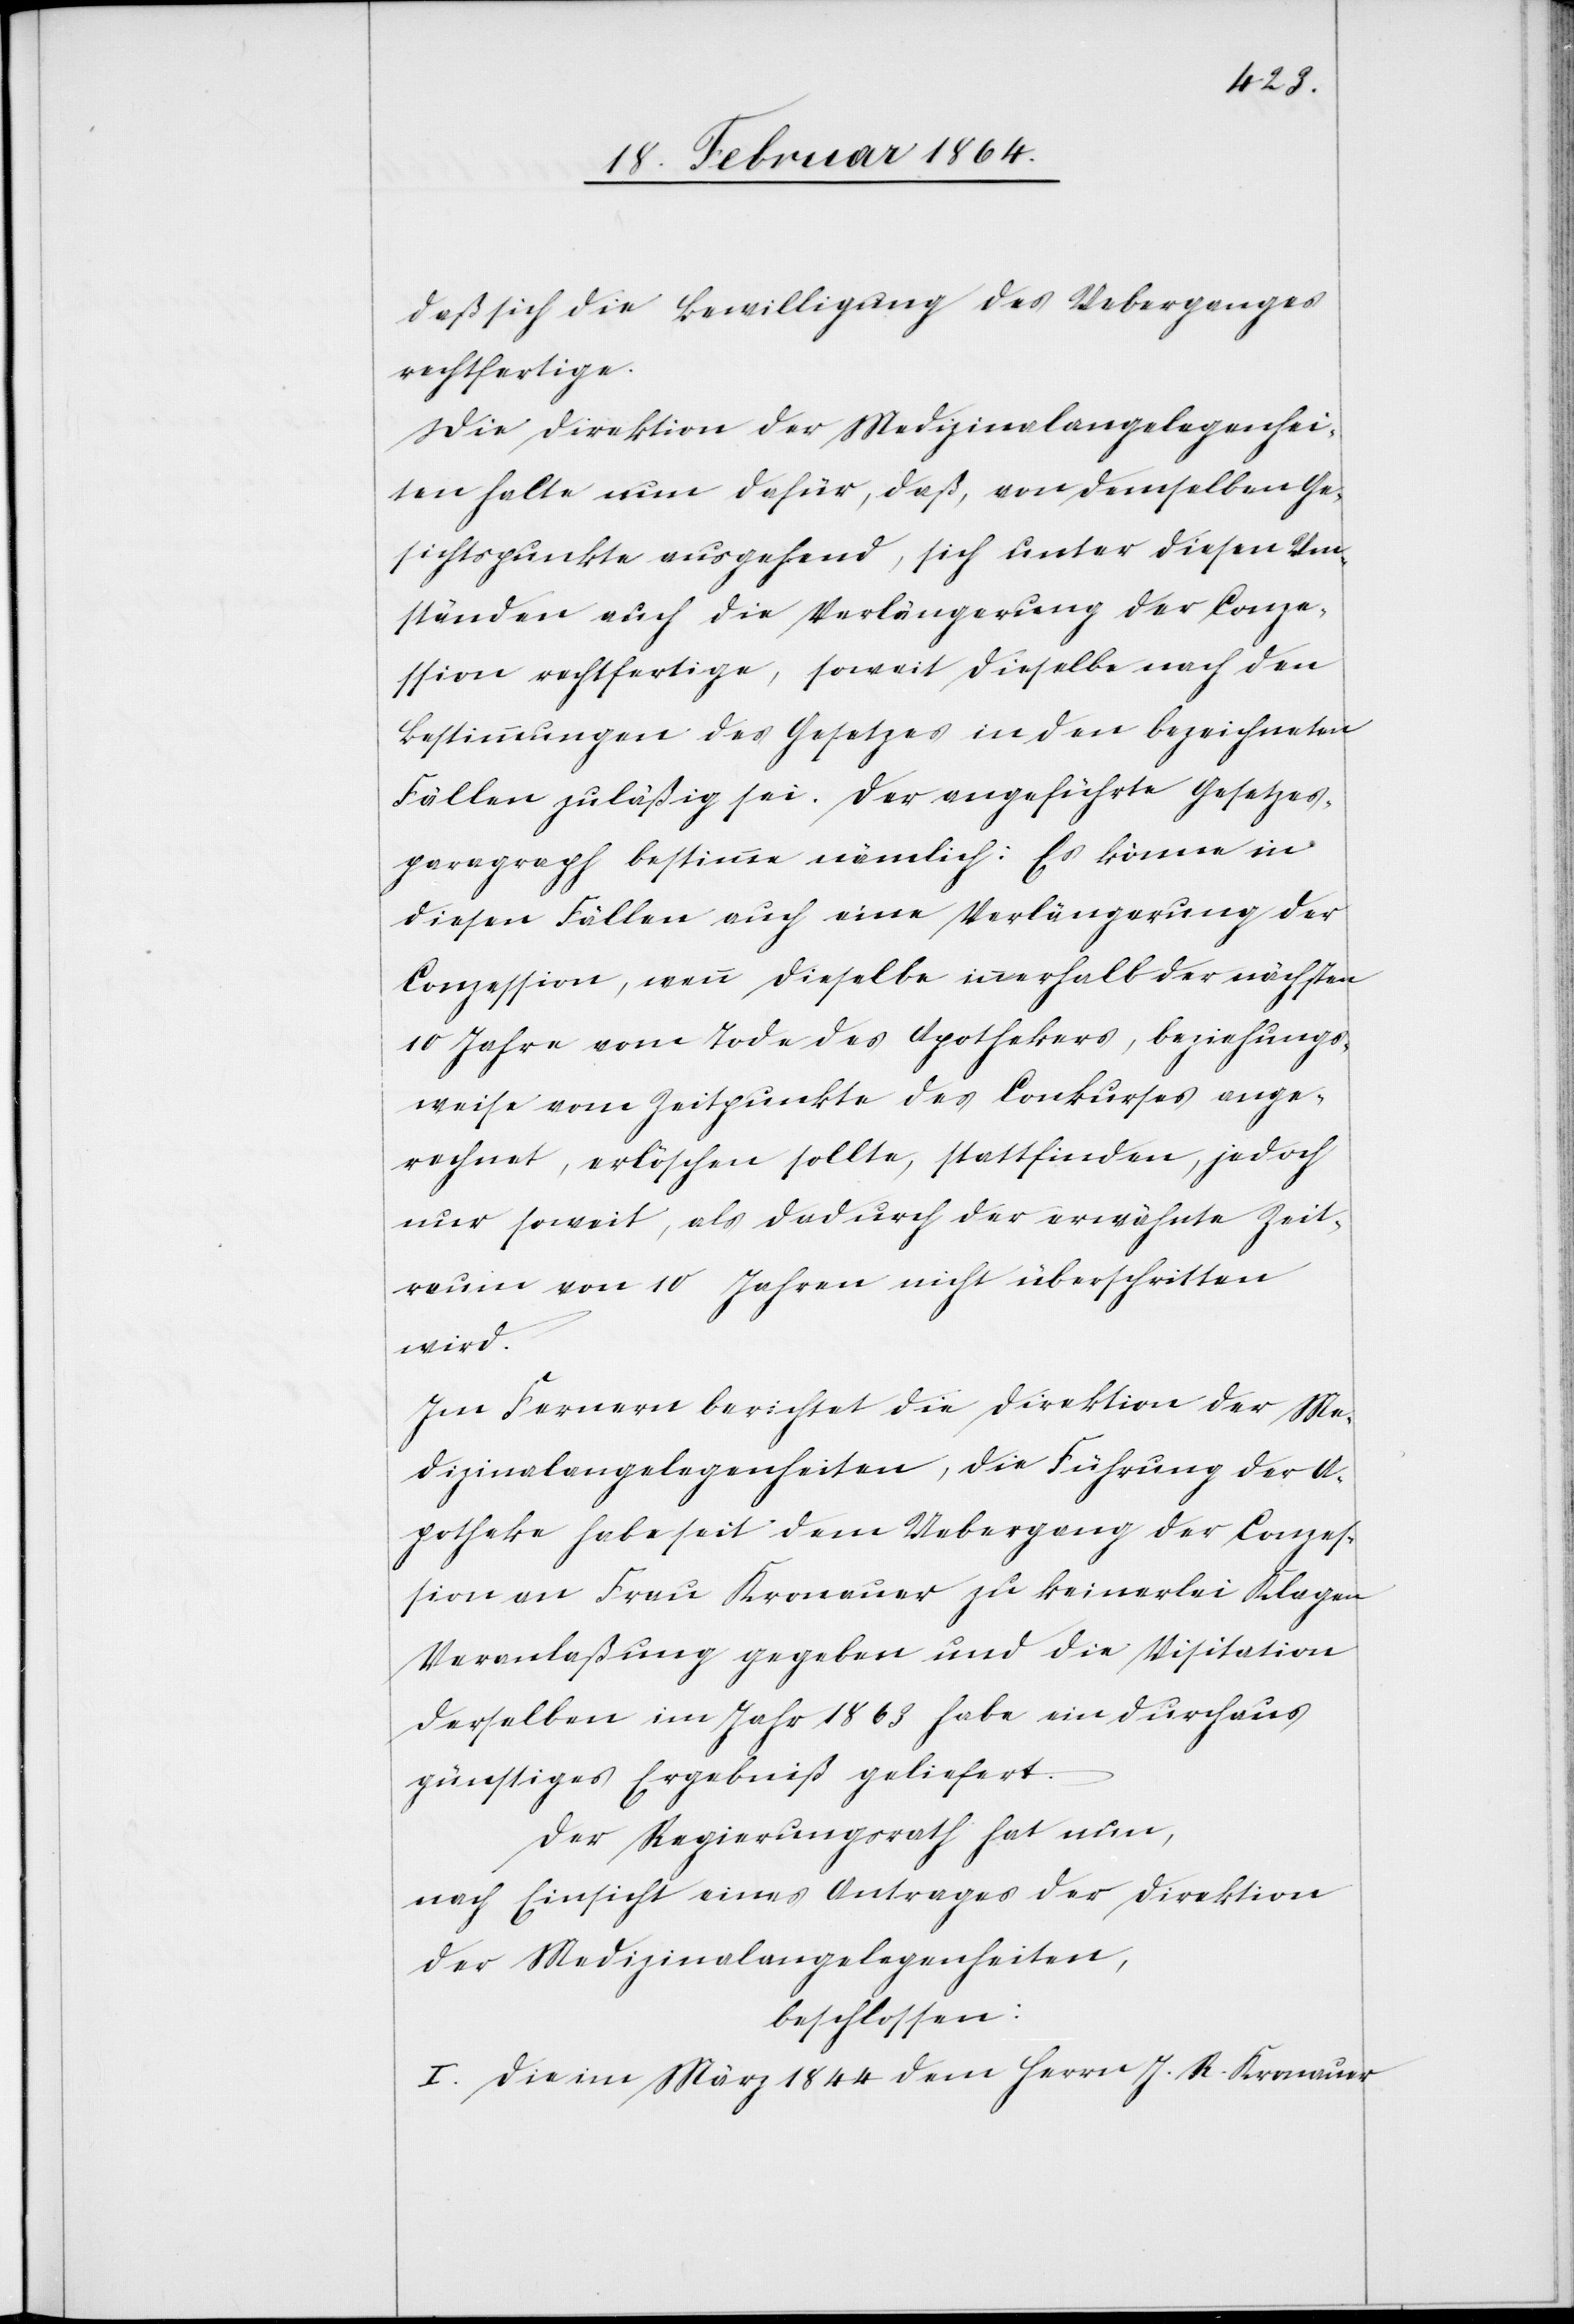
daß sich die Bewilligung des Ueberganges
rechtfertige.
Die Direktion der Medizinalangelegenhei¬
ten halte nun dafür, daß, von demselben Ge¬
sichtspunkte ausgehend, sich unter diesen Um¬
ständen auch die Verlängerung der Conze¬
ssion rechtfertige, soweit dieselbe nach den
Bestimmungen des Gesetzes in den bezeichneten
Fällen zuläßig sei. Der angeführte Gesetzes¬
paragraph bestimme nämlich: es könne in
diesen Fällen auch eine Verlängerung der
Conzession, wenn dieselbe innerhalb der nächsten
10 Jahre vom Tode des Apothekers, beziehungs¬
weise vom Zeitpunkte des Conkurses ange¬
rechnet, erlöschen sollte, stattfinden, jedoch
nur soweit, als dadurch der erwähnte Zeit¬
raum von 10 Jahren nicht überschritten
wird.
Im Fernern berichtet die Direktion der Me¬
dizinalangelegenheiten, die Führung der A¬
potheke habe seit dem Uebergang der Conzes¬
sion an Frau Kronauer zu keinerlei Klagen
Veranlaßung gegeben und die Visitation
derselben im Jahr 1863 habe ein durchaus
günstiges Ergebniß geliefert.
Der Regierungsrath hat nun,
nach Einsicht eines Antrages der Direktion
der Medizinalangelegenheiten,
beschlossen:
I. Die im März 1844 dem Herrn J. R. Kronauer